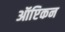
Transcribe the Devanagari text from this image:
ऑप्टिकन